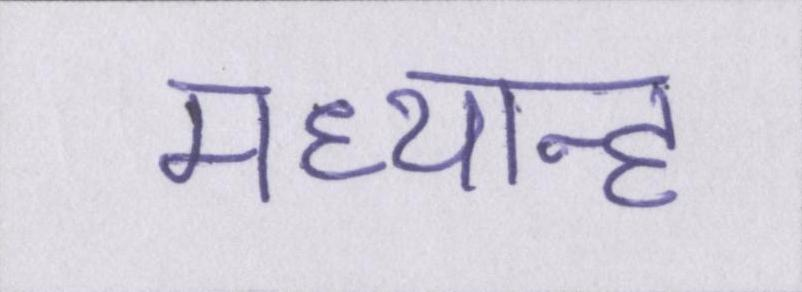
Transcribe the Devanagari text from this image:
मध्यान्ह